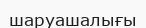
шаруашалығы